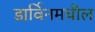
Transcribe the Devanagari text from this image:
डार्विनमधील